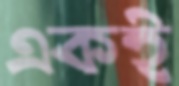
একই